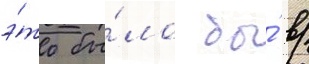
э́то бы́ло бы́ в